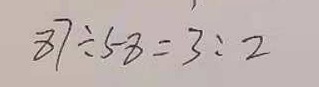
8 7 \div 5 8 = 3 : 2